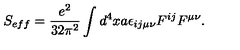
S _ { e f f } = \frac { e ^ { 2 } } { 3 2 \pi ^ { 2 } } \int d ^ { 4 } x a \epsilon _ { i j \mu \nu } F ^ { i j } F ^ { \mu \nu } .